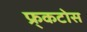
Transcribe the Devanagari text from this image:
फ्र्कटोस